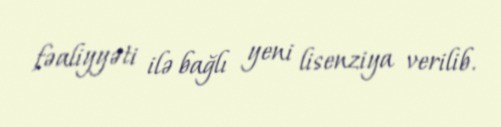
fəaliyyəti ilə bağlı yeni lisenziya verilib.